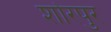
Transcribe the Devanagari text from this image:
शोरपुर